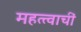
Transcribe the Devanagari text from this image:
महत्त्वाचीं